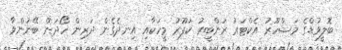
ބޮލީވުޑްގެ މަޝްހޫރު އެކްޓަރު ރަންބީރު ކަޕޫރު މީހަކާއި އިނދެގެން ދަރިން ހޯދަން ބޭނުންވާ